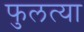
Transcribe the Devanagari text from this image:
फुलत्या